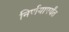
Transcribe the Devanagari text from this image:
निर्णयापर्यंत